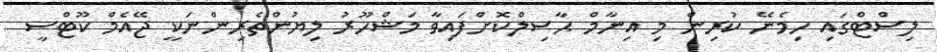
ލިސްޓްގައި ހިމެނޭ ކުރިން މި އިނާމް ޙާސިލްކޮށްފައިވާ މަޝްހޫރު ލިޔުންތެރިންނަކީ ޖޭއެމް ކޫޓްސީ